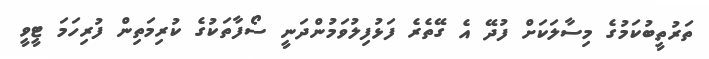
ތަރުތީބުކަމުގެ މިސާލަކަށް ފުދޭ އެ ގޭތެރެ ފަޅުފިލުވަމުންދަނީ ސޯފާތަކުގެ ކުރިމަތިން ފުރިހަމަ ޓީވީ